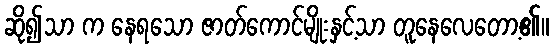
ဆို၍သာ က နေရသော ဇာတ်ကောင်မျိုးနှင့်သာ တူနေလေတော့၏။